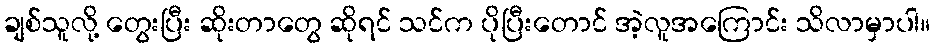
ချစ်သူလို့ တွေးပြီး ဆိုးတာတွေ ဆိုရင် သင်က ပိုပြီးတောင် အဲ့လူအကြောင်း သိလာမှာပါ။